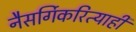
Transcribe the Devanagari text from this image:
नैसर्गिकरित्याही